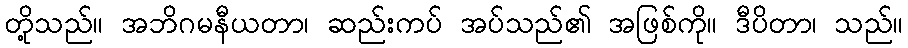
တို့သည်။ အဘိဂမနီယတာ၊ ဆည်းကပ် အပ်သည်၏ အဖြစ်ကို။ ဒီပိတာ၊ သည်။